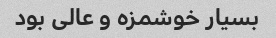
بسیار خوشمزه و عالی بود